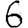
Digit: 6